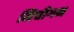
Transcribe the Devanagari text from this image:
मिचीगन